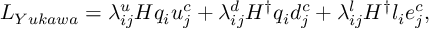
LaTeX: { \cal L } _ { Y u k a w a } = \lambda _ { i j } ^ { u } H q _ { i } u _ { j } ^ { c } + \lambda _ { i j } ^ { d } H ^ { \dagger } q _ { i } d _ { j } ^ { c } + \lambda _ { i j } ^ { l } H ^ { \dagger } l _ { i } e _ { j } ^ { c } ,